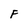
Character: F